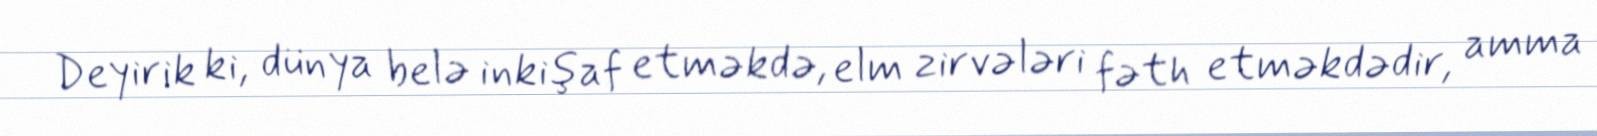
Deyirik ki, dünya belə inkişaf etməkdə, elm zirvələri fəth etməkdədir, amma